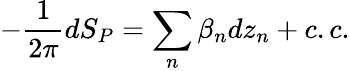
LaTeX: -\frac{1}{2\pi}dS_{P}=\sum_{n}\beta_{n}dz_{n}+c.c.